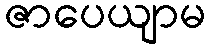
ဇာပေယျာမ